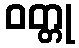
ဝတ္တု